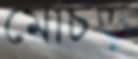
মোচড়